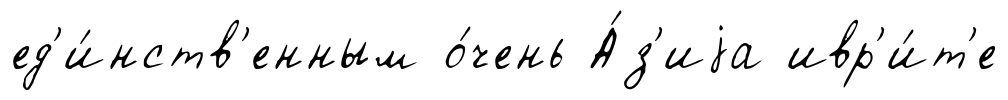
ед'и́нств'енным о́чень А́з'иjа ивр'и́т'е